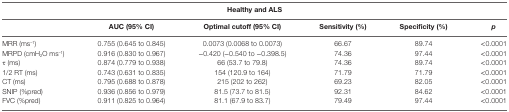
<table><thead><tr><td colspan="6"><b>Healthy and ALS</b></td></tr><tr><td></td><td><b>AUC (95% CI)</b></td><td><b>Optimal cutoff (95% CI)</b></td><td><b>Sensitivity (%)</b></td><td><b>Specificity (%)</b></td><td><b><i>p</i></b></td></tr></thead><tbody><tr><td>MRR (ms<sup>–1</sup>)</td><td>0.755 (0.645 to 0.845)</td><td>0.0073 (0.0068 to 0.0073)</td><td>66.67</td><td>89.74</td><td>&lt;0.0001</td></tr><tr><td>MRPD (cmH<sub>2</sub>O ms<sup>–1</sup>)</td><td>0.916 (0.830 to 0.967)</td><td>−0.420 (−0.540 to −0.398.5)</td><td>74.36</td><td>97.44</td><td>&lt;0.0001</td></tr><tr><td>τ (ms)</td><td>0.874 (0.779 to 0.938)</td><td>66 (53.7 to 79.8)</td><td>74.36</td><td>89.74</td><td>&lt;0.0001</td></tr><tr><td>1/2 RT (ms)</td><td>0.743 (0.631 to 0.835)</td><td>154 (120.9 to 164)</td><td>71.79</td><td>71.79</td><td>&lt;0.0001</td></tr><tr><td>CT (ms)</td><td>0.795 (0.688 to 0.878)</td><td>215 (202 to 262)</td><td>69.23</td><td>82.05</td><td>&lt;0.0001</td></tr><tr><td>SNIP (%pred)</td><td>0.936 (0.856 to 0.979)</td><td>81.5 (73.7 to 81.5)</td><td>92.31</td><td>84.62</td><td>&lt;0.0001</td></tr><tr><td>FVC (%pred)</td><td>0.911 (0.825 to 0.964)</td><td>81.1 (67.9 to 83.7)</td><td>79.49</td><td>97.44</td><td>&lt;0.0001</td></tr></tbody></table>